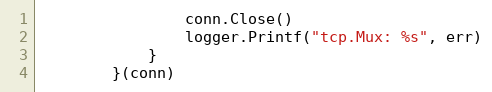
Language: Go
				conn.Close()
				logger.Printf("tcp.Mux: %s", err)
			}
		}(conn)